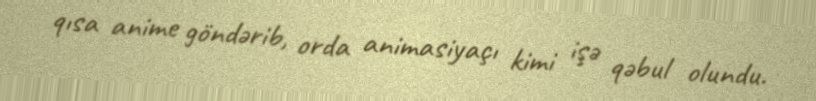
qısa anime göndərib, orda animasiyaçı kimi işə qəbul olundu.